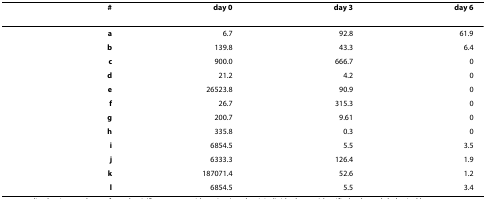
| # | day 0 | day 3 | day 6 |
 | --- | --- | --- | --- |
 | a | 6.7 | 92.8 | 61.9 |
 | b | 139.8 | 43.3 | 6.4 |
 | c | 900.0 | 666.7 | 0 |
 | d | 21.2 | 4.2 | 0 |
 | e | 26523.8 | 90.9 | 0 |
 | f | 26.7 | 315.3 | 0 |
 | g | 200.7 | 9.61 | 0 |
 | h | 335.8 | 0.3 | 0 |
 | i | 6854.5 | 5.5 | 3.5 |
 | j | 6333.3 | 126.4 | 1.9 |
 | k | 187071.4 | 52.6 | 1.2 |
 | l | 6854.5 | 5.5 | 3.4 |